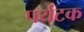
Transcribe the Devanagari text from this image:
पर्यंटक